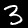
Label: 3